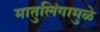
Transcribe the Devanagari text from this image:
मातुलिंगामुळे